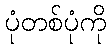
ပုံတစ်ပုံကို